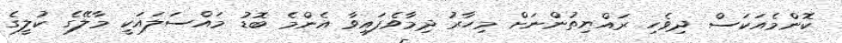
ކޮންމެއަކަސް ދިވެހި ރައްޔިތުންނަށް މިހާރު ދިމާވެފައިވާ އެންމެ ބޮޑު މައްސަލައަކީ މާލޭގެ ކުލީގެ